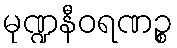
မုဏ္ဍနီဝရဏဉ္စ